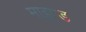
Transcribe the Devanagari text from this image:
माइण्ड